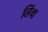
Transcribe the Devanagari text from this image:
लिंवा